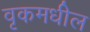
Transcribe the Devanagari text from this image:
वृकमधील